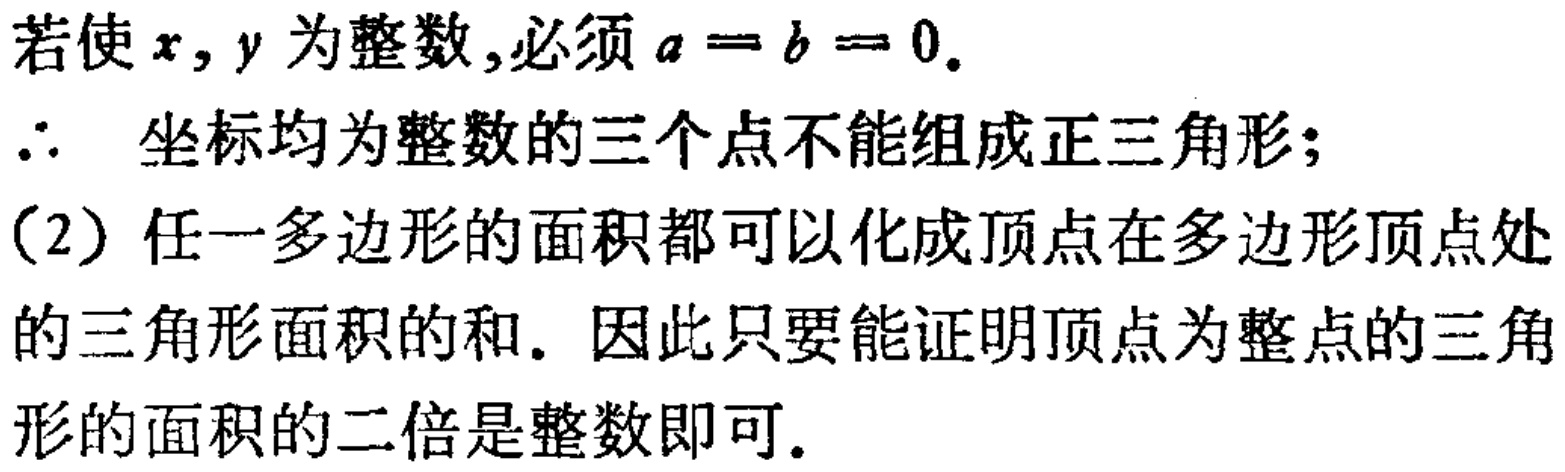
若使\(x,y\)为整数,必须\(a = b = 0\).
\(\therefore\) 坐标均为整数的三个点不能组成正三角形;
(2) 任一多边形的面积都可以化成顶点在多边形顶点处
的三角形面积的和. 因此只要能证明顶点为整点的三角
形的面积的二倍是整数即可.